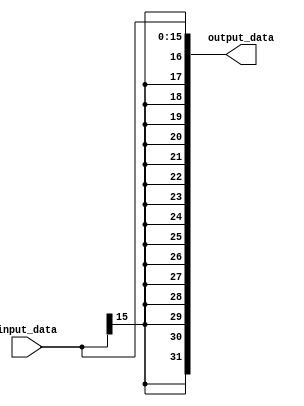
`timescale 1ns/1ns
module sign_extend(
					input [15:0]input_data,
					output [31:0]output_data
					);

assign output_data={{16{input_data[15]}},input_data};
 					
endmodule